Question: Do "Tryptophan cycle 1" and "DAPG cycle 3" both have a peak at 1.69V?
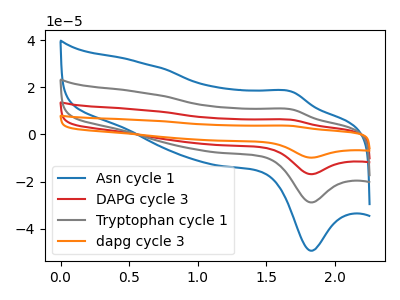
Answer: <think>The blue curve "Asn cycle 1" has an anodic peak at (1.70V, 18.10uA) and a cathodic peak at (1.85V, -49.35uA). The red curve "DAPG cycle 3" has an anodic peak at (1.70V, 21.15uA) and a cathodic peak at (1.85V, -57.70uA). The gray curve "Tryptophan cycle 1" has an anodic peak at (1.70V, 10.60uA) and a cathodic peak at (1.85V, -28.85uA). The orange curve "dapg cycle 3" has an anodic peak at (1.70V, 31.75uA) and a cathodic peak at (1.85V, -86.55uA).</think>
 <answer>Yes, "Tryptophan cycle 1" and "DAPG cycle 3" share a peak at 1.69V.</answer>
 <eval>match</eval>